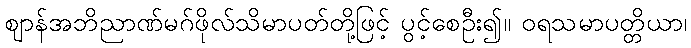
ဈာန်အဘိညာဏ်မဂ်ဖိုလ်သိမာပတ်တို့ဖြင့် ပွင့်စေဦး၍။ ဝရသမာပတ္တိယာ၊